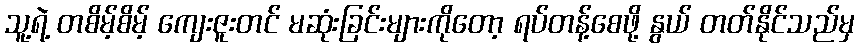
သူ့ရဲ့ တစိမ့်စိမ့် ကျေးဇူးတင် မဆုံးခြင်းများကိုတော့ ရပ်တန့်စေဖို့ နွယ် တတ်နိုင်သည်မှ